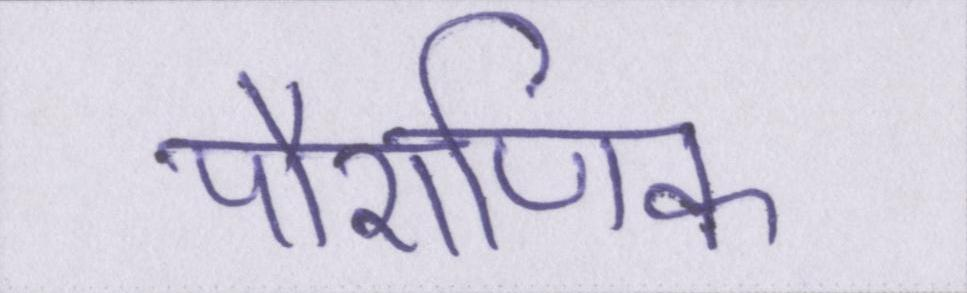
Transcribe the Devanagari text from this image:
पौराणिक